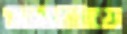
ইউভিএ